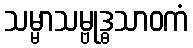
သမ္မာသမ္ဗုဒ္ဓသာဝကံ